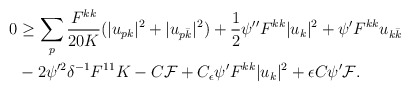
\begin{align*}\begin{aligned} 0 &\geq \sum_p\frac{F^{kk}}{20K}(|u_{pk}|^2 + |u_{p\bar k}|^2) +\frac{1}{2}\psi'' F^{kk}|u_k|^2 + \psi' F^{kk}u_{k\bar k} \\&- 2\psi'^2\delta^{-1}F^{11}K - C\mathcal{F}+ C_\epsilon\psi'F^{kk}|u_k|^2 + \epsilon C\psi'\mathcal{F}. \end{aligned}\end{align*}